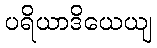
ပရိယာဒိယေယျ